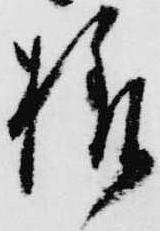
様